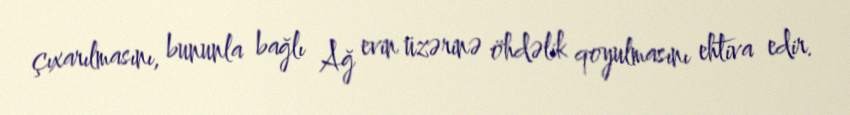
çıxarılmasını, bununla bağlı Ağ evin üzərinə öhdəlik qoyulmasını ehtiva edir.